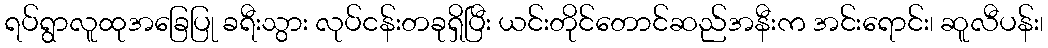
ရပ်ရွာလူထုအခြေပြု ခရီးသွား လုပ်ငန်းတခုရှိပြီး ယင်းတိုင်တောင်ဆည်အနီးက အင်းရောင်း၊ ဆူလီပန်း၊